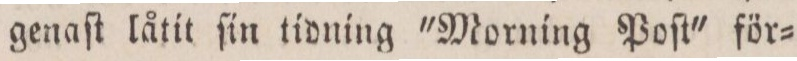
genaſt låtit ſin tidning 'Morning Poſt' för=